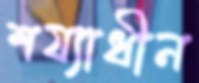
শয্যাধীন